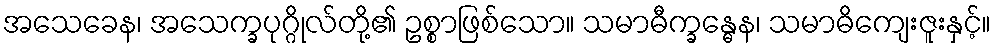
အသေခေန၊ အသေက္ခပုဂ္ဂိုလ်တို့၏ ဥစ္စာဖြစ်သော။ သမာဓီက္ခန္ဓေန၊ သမာဓိကျေးဇူးနှင့်။